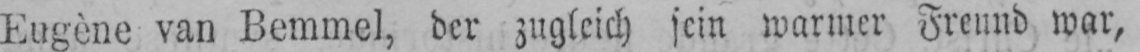
Eugène van Bemmel, der zugleich sein warmer Freund war,